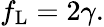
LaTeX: f_{\mathrm{L}}=2\gamma.